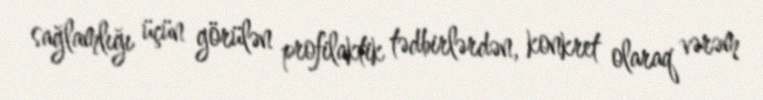
sağlamlığı üçün görülən profilaktik tədbirlərdən, konkret olaraq vərəm